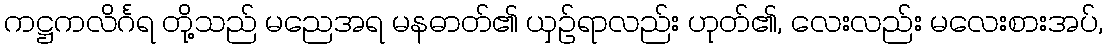
ကဋ္ဌကလိင်္ဂရ တို့သည် မညေအရ မနဓာတ်၏ ယှဉ်ရာလည်း ဟုတ်၏, လေးလည်း မလေးစားအပ်,